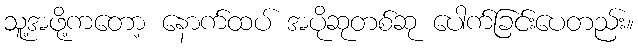
သူ့အဖို့ကတော့ နောက်ထပ် အပိုဆုတစ်ဆု ပေါက်ခြင်းပေတည်း။